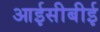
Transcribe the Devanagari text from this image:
आईसीबीई